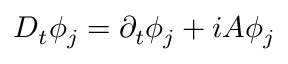
D _ { t } \phi _ { j } = \partial _ { t } \phi _ { j } + i A \phi _ { j }